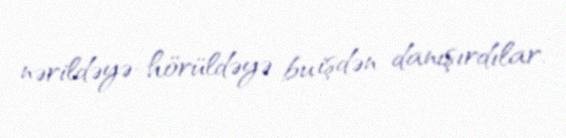
nərildəyə-hörüldəyə bu işdən danışırdılar.